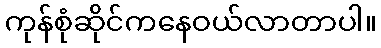
ကုန်စုံဆိုင်ကနေဝယ်လာတာပါ။